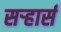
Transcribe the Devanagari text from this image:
सऱ्हार्स